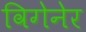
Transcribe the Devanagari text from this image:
विगेनेर